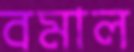
বমাল